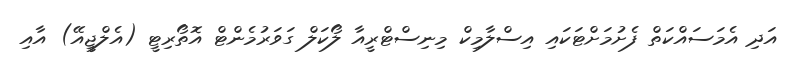
އަދި އެމަސައްކަތް ފެށުމަށްޓަކައި އިސްލާމިކް މިނިސްޓްރީއާ ލޯކަލް ގަވަރުމެންޓް އޮތޯރިޓީ (އެލްޖީއޭ) އާއި